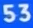
53